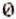
0